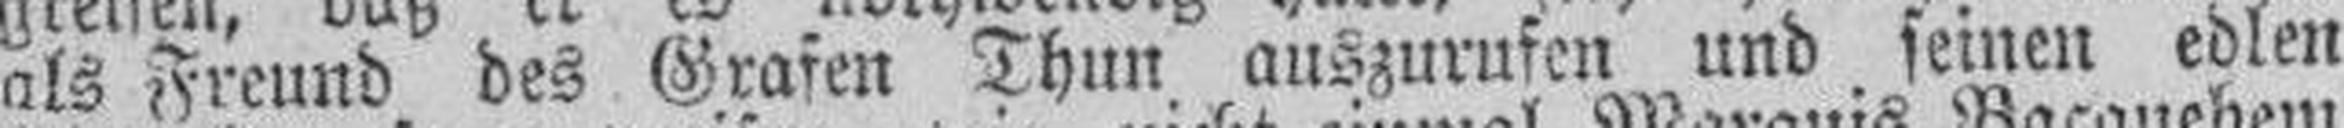
als Freund des Grafen Thun auszurufen und seinen edlen